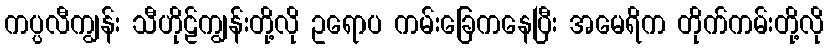
ကပ္ပလီကျွန်း သီဟိုဠ်ကျွန်းတို့လို ဥရောပ ကမ်းခြေကနေပြီး အမေရိက တိုက်ကမ်းတို့လို